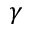
\gamma